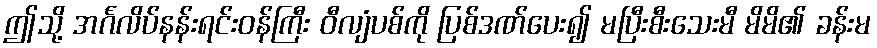
ဤသို့ အင်္ဂလိပ်နန်းရင်းဝန်ကြီး ဝီလျံပစ်ကို ပြစ်ဒဏ်ပေး၍ မပြီးစီးသေးမီ မိမိ၏ ခန်းမ